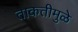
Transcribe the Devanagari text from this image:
ताकतीमुळे